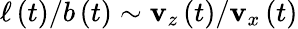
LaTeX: \ell\left(t\right)/b\left(t\right)\sim\mathbf{v}_{z}\left(t\right)/\mathbf{v}_{x}\left(t\right)